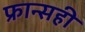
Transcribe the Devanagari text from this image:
फ्रान्सही